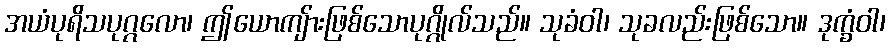
အယံပုရိသပုဂ္ဂလော၊ ဤယောကျ်ားဖြစ်သောပုဂ္ဂိုလ်သည်။ သုခံဝါ၊ သုခလည်းဖြစ်သော။ ဒုက္ခံဝါ၊